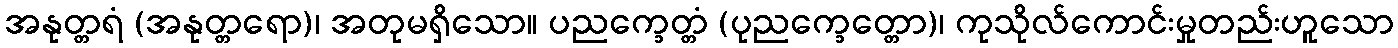
အနုတ္တရံ (အနုတ္တရော)၊ အတုမရှိသော။ ပညက္ခေတ္တံ (ပုညက္ခေတ္တော)၊ ကုသိုလ်ကောင်းမှုတည်းဟူသော